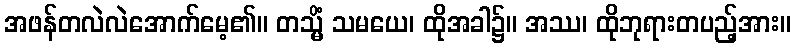
အဖန်တလဲလဲအောက်မေ့၏။ တသ္မိံ သမယေ၊ ထိုအခါ၌။ အဿ၊ ထိုဘုရားတပည့်အား။